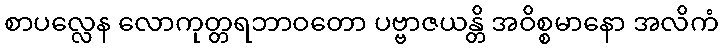
စာပလ္လေန လောကုတ္တရဘာဝတော ပဗ္ဗာဇယန္တိ အဝိစ္စမာနော အလိကံ